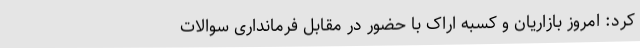
کرد: امروز بازاریان و کسبه اراک با حضور در مقابل فرمانداری سوالات